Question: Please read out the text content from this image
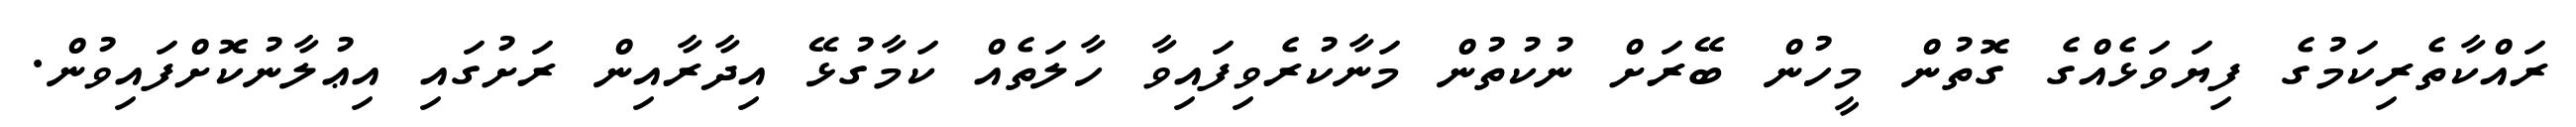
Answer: ރައްކާތެރިކަމުގެ ފިޔަވަޅެއްގެ ގޮތުން މީހުން ބޭރަށް ނުކުތުން މަނާކުރެވިފައިވާ ހާލަތެއް ކަމާގުޅޭ އިދާރާއިން ރަށުގައި އިޢުލާނުކޮށްފައިވުން.